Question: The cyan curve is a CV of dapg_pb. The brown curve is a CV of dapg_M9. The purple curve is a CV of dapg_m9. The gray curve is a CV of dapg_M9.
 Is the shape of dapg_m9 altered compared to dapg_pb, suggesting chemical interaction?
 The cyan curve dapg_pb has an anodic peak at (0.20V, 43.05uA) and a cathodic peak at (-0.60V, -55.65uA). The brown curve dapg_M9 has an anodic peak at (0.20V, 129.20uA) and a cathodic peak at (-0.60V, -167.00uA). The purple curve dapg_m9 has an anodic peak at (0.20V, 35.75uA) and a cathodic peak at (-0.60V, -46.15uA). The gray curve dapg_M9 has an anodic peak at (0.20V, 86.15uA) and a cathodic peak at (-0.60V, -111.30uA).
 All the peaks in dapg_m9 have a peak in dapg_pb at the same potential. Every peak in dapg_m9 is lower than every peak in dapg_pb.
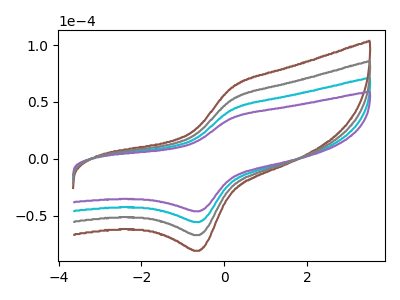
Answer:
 <answer>No, "dapg_m9" and "dapg_pb" don't appear to be significantly different in shape</answer>
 <eval>no_change</eval>